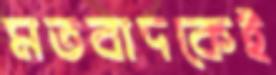
মতবাদকেই